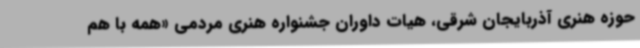
حوزه هنری آذربایجان شرقی، هیات داوران جشنواره هنری مردمی «همه با هم